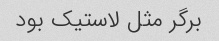
برگر مثل لاستیک بود